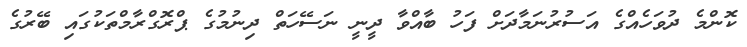
ކޮންމެ ދުވަހެއްގެ އަސުރުނަމާދަށް ފަހު ބާއްވާ ދީނީ ނަސޭހަތް ދިނުމުގެ ޕްރޮގްރާމްތަކުގައި ބޭރުގެ